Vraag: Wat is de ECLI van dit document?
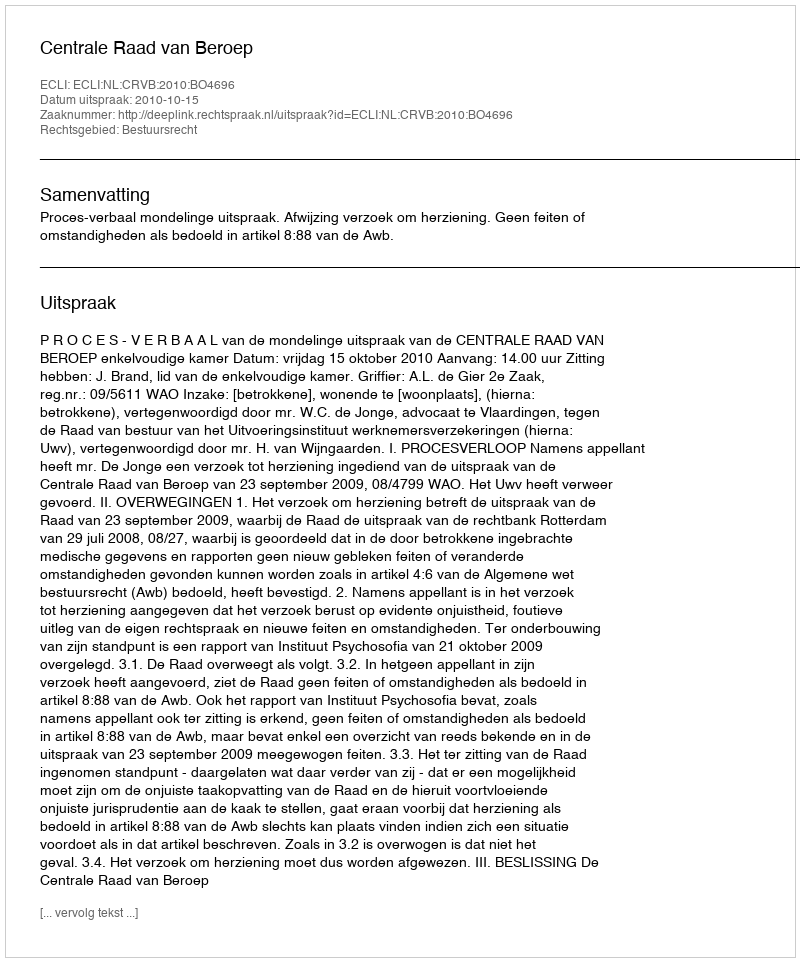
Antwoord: ECLI:NL:CRVB:2010:BO4696